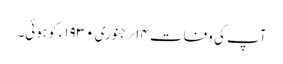
آپ کی وفات ۱۴؍جنوری ۱۹۳۰ء کو ہوئی۔